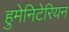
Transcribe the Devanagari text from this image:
हुमेनिटेरियन